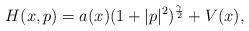
LaTeX: \begin{align*}H(x,p)=a(x) (1+|p|^2)^{\frac \gamma 2} +V(x), \end{align*}